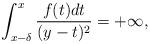
LaTeX: \begin{align*}\int_{x-\delta}^{x}\frac{f(t)dt}{(y-t)^2}=+\infty,\end{align*}